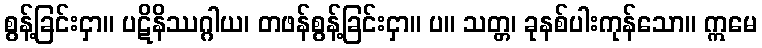
စွန့်ခြင်းငှာ။ ပဋိနိဿဂ္ဂါယ၊ တဖန်စွန့်ခြင်းငှာ။ ပ။ သတ္တ၊ ခုနစ်ပါးကုန်သော။ ဣမေ